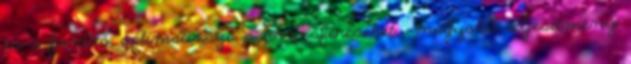
és a fordító optimalizálja a hozzáféréseket – nagyobb teljesítmény